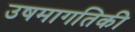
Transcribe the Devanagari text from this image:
उषमागतिकी